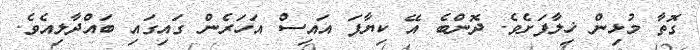
ގޮތާ މުޅިން ޚިލާފަށެވެ. ދޮންބެ އޭ ކިޔާފަ އައިސް އަހަރެން ގައިގައި ބައްދާލިއެވެ.